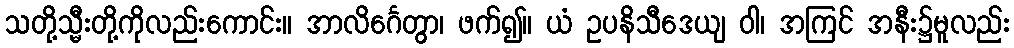
သတို့သ္မီးတို့ကိုလည်းကောင်း။ အာလိင်္ဂေတွာ၊ ဖက်၍။ ယံ ဥပနိသီဒေယျ ဝါ၊ အကြင် အနီး၌မူလည်း